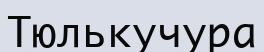
Тюлькучура